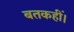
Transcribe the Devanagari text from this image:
बतकहीं।